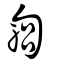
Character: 匔